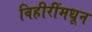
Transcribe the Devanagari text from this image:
विहीरींमधून